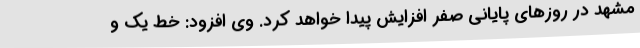
مشهد در روزهای پایانی صفر افزایش پیدا خواهد کرد. وی افزود: خط یک و